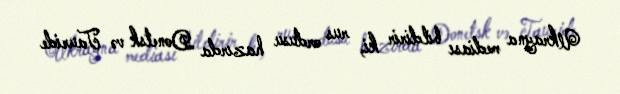
Ukrayna mediası bildirir ki, rus ordusu hazırda Donetsk və Tauride